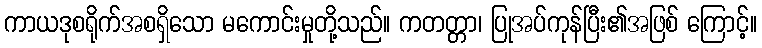
ကာယဒုစရိုက်အစရှိသော မကောင်းမှုတို့သည်။ ကတတ္တာ၊ ပြုအပ်ကုန်ပြီး၏အဖြစ် ကြောင့်။